Report on the Civil Veterinary Department, Eastern Bengal and Assam - 1907-1911
Year: 1907
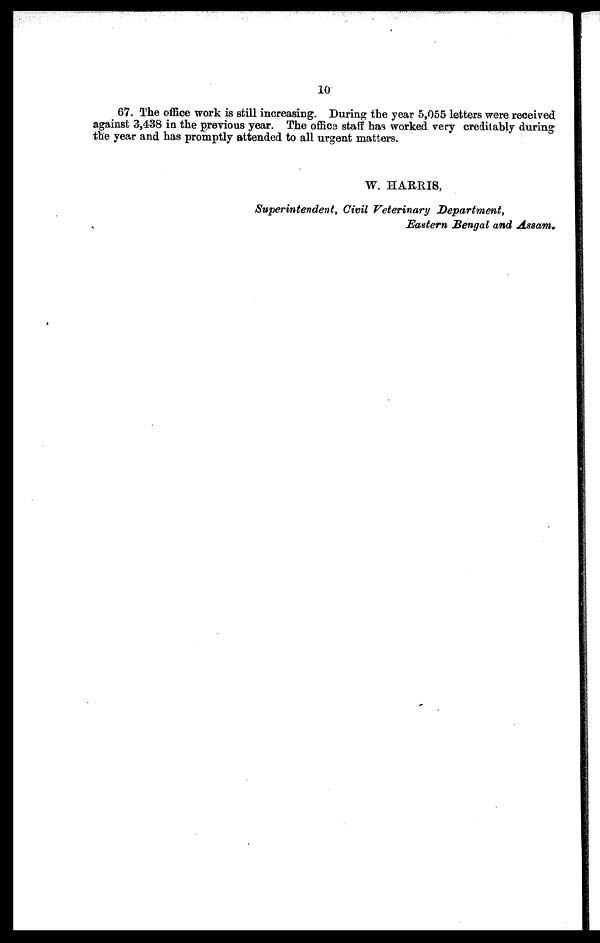
10
67. The office work is still increasing. During the year 5,055 letters were received
against 3,438 in the previous year. The office staff has worked very creditably during
the year and has promptly attended to all urgent matters.
W. HARRIS,
Superintendent, Civil Veterinary Department,
Eastern Bengal and Assam.